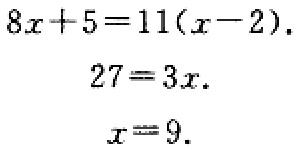
\[
\begin{align*}
8x + 5&=11(x - 2)\\
27&=3x\\
x&=9
\end{align*}
\]